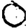
Digit: 0